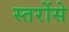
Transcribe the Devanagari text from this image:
स्तरोंसे